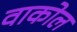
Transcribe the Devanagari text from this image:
वाकोल